Annual report of the Civil Veterinary Department, Bengal, for the year 1897-98 - 1897-1898
Year: 1897
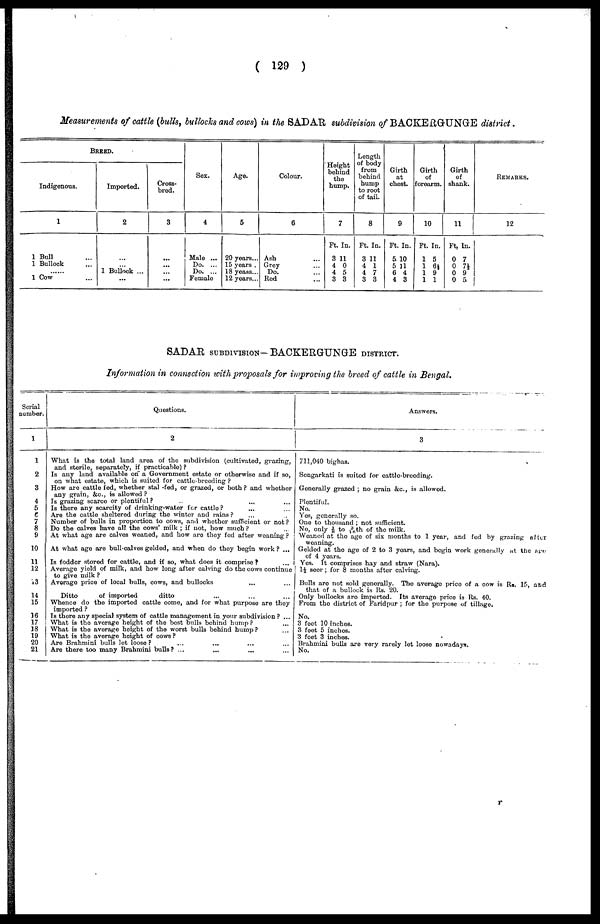
(129)
Measurements of cattle (bulls, bullocks and cows) in the SADAR subdivision of BACKERGUNGE district.
BREED.
Indigenous.
1
1 Bull ...
1 Bullock ...
......
1 Cow ...
Imported.
2
...
... 1 Bullock ...
...
Cross-
bred.
3
...
...
... ...
Sex.
4
Male ...
Do. ...
Do. ...
Female
Age.
5
20 years...
15 years
18 yeass ...
12 years...
Colour.
6
Ash ...
Grey ...
Do. ...
Red ...
Height
behind
the
hump.
7
Ft. In.
3 11
4 0
4 5
3 3
Length
of body
from
behind
hump
to root
of tail.
8
Ft. In.
3 11
4 1
4 7
3 3
Girth
at
chest.
9
Ft. In.
5 10
5 11
6 4
4 3
Girth
of
forearm.
10
Ft. In.
1 5
1 6½
1 9
1 1
Girth
of
shank.
11
Ft. In.
0 7
0 7½
0 9
0 5.
REMARKS.
12
SADAR SUBDIVISON - BACKERGUNGE DISTRICT.
Information in connection with proposals for improving the breed of cattle in Bengal.
Serial
number.
1
1
2
3
4
5
7
8
9
10
11
12
13
14
15
16
17
18
19
20
21
Questions.
2
What is the total land area of the subdivision (cultivated, grazing,
and sterile, separately, if practicable)?
Is any land available on a Government estate or otherwise and if so,
on what estate, which is suited for cattle-breeding?
How are cattle fed, whether stal -fed, or grazed, or both? and whether
any grain, &c., is allowed?
Is grazing scarce or plentiful? ... ... ...
Is there any scarcity of drinking-water for cattle? ... ...
Are the cattle sheltered during the winter and rains? ... ...
Number of bulls in proportion to cows, and whether sufficient or not?
Do the calves have all the cows' milk; if not, how much? ...
At what age are calves weaned, and how are they fed after weaning?
At what age are bull-calves gelded, and when do they begin work? ...
Is fodder stored for cattle, and if so, what does it comprise? ...
Average yield of milk, and how long after calving do the cows continue
to give milk?
Average price of local bulls, cows, and bullocks ... ...
Ditto
of imported
ditto ... ... ...
Whence do the imported cattle come, and for what purpose are they
imported?
Is there any special system of cattle management in your subdivision? ...
What is the average height of the best bulls behind hump? ...
What is the average height of the worst bulls behind hump? ...
What is the average height of cows?
Are Brahmini bulls let loose? ... ... ... ...
Are there too many Brahmini bulls? ... ... ... ...
Answers.
3
711,040 bighas.
Sengarkati is suited for cattle-breeding.
Generally grazed; no grain &c., is allowed.
Plentiful.
No.
Yes, generally so.
One to thousand; not sufficient.
No, only 1/8 to 3/16th of the milk.
Weaned at the age of six months to 1 year, and fed by grazing after
weaning.
Gelded at the age of 2 to 3 years, and begin work generally at the age
of 4 years.
Yes. It comprises hay and straw (Nara).
1½ seer; for 8 months after calving.
Bulls are not sold generally. The average price of a cow is Rs. 15, and
that of a bullock is Rs. 20.
Only bullocks are imported. Its average price is Rs. 40.
From the district of Faridpur; for the purpose of tillage.
No.
3 feet 10 inches.
3 feet 5 inches.
3 feet 3 inches.
Brahmini bulla are very rarely let loose nowadays.
No.
r